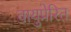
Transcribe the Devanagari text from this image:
वायुप्रेरित